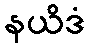
နယိဒံ